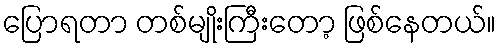
ပြောရတာ တစ်မျိုးကြီးတော့ ဖြစ်နေတယ်။